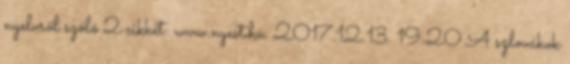
nyelvről szóló 2 cikkét: www.nyest.hu. 2017.12.13. 19:20 A szlovákok